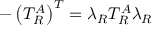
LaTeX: - \left( T _ { R } ^ { A } \right) ^ { T } = \lambda _ { R } T _ { R } ^ { A } \lambda _ { R }